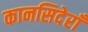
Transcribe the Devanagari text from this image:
कानसिदेराँ